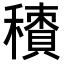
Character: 𥢼